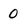
Character: 0